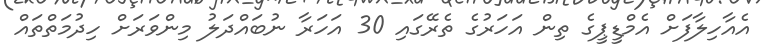
އެއާހިލާފަށް އެމްޑީޕީގެ ތިން އަހަރުގެ ތެރޭގައި 30 އަހަރާ ނުބައްދަލު މިންވަރަށް ހިދުމަތްތައް